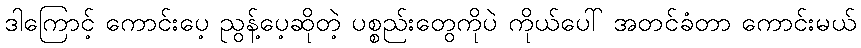
ဒါကြောင့် ကောင်းပေ့ ညွန့်ပေ့ဆိုတဲ့ ပစ္စည်းတွေကိုပဲ ကိုယ်ပေါ် အတင်ခံတာ ကောင်းမယ်